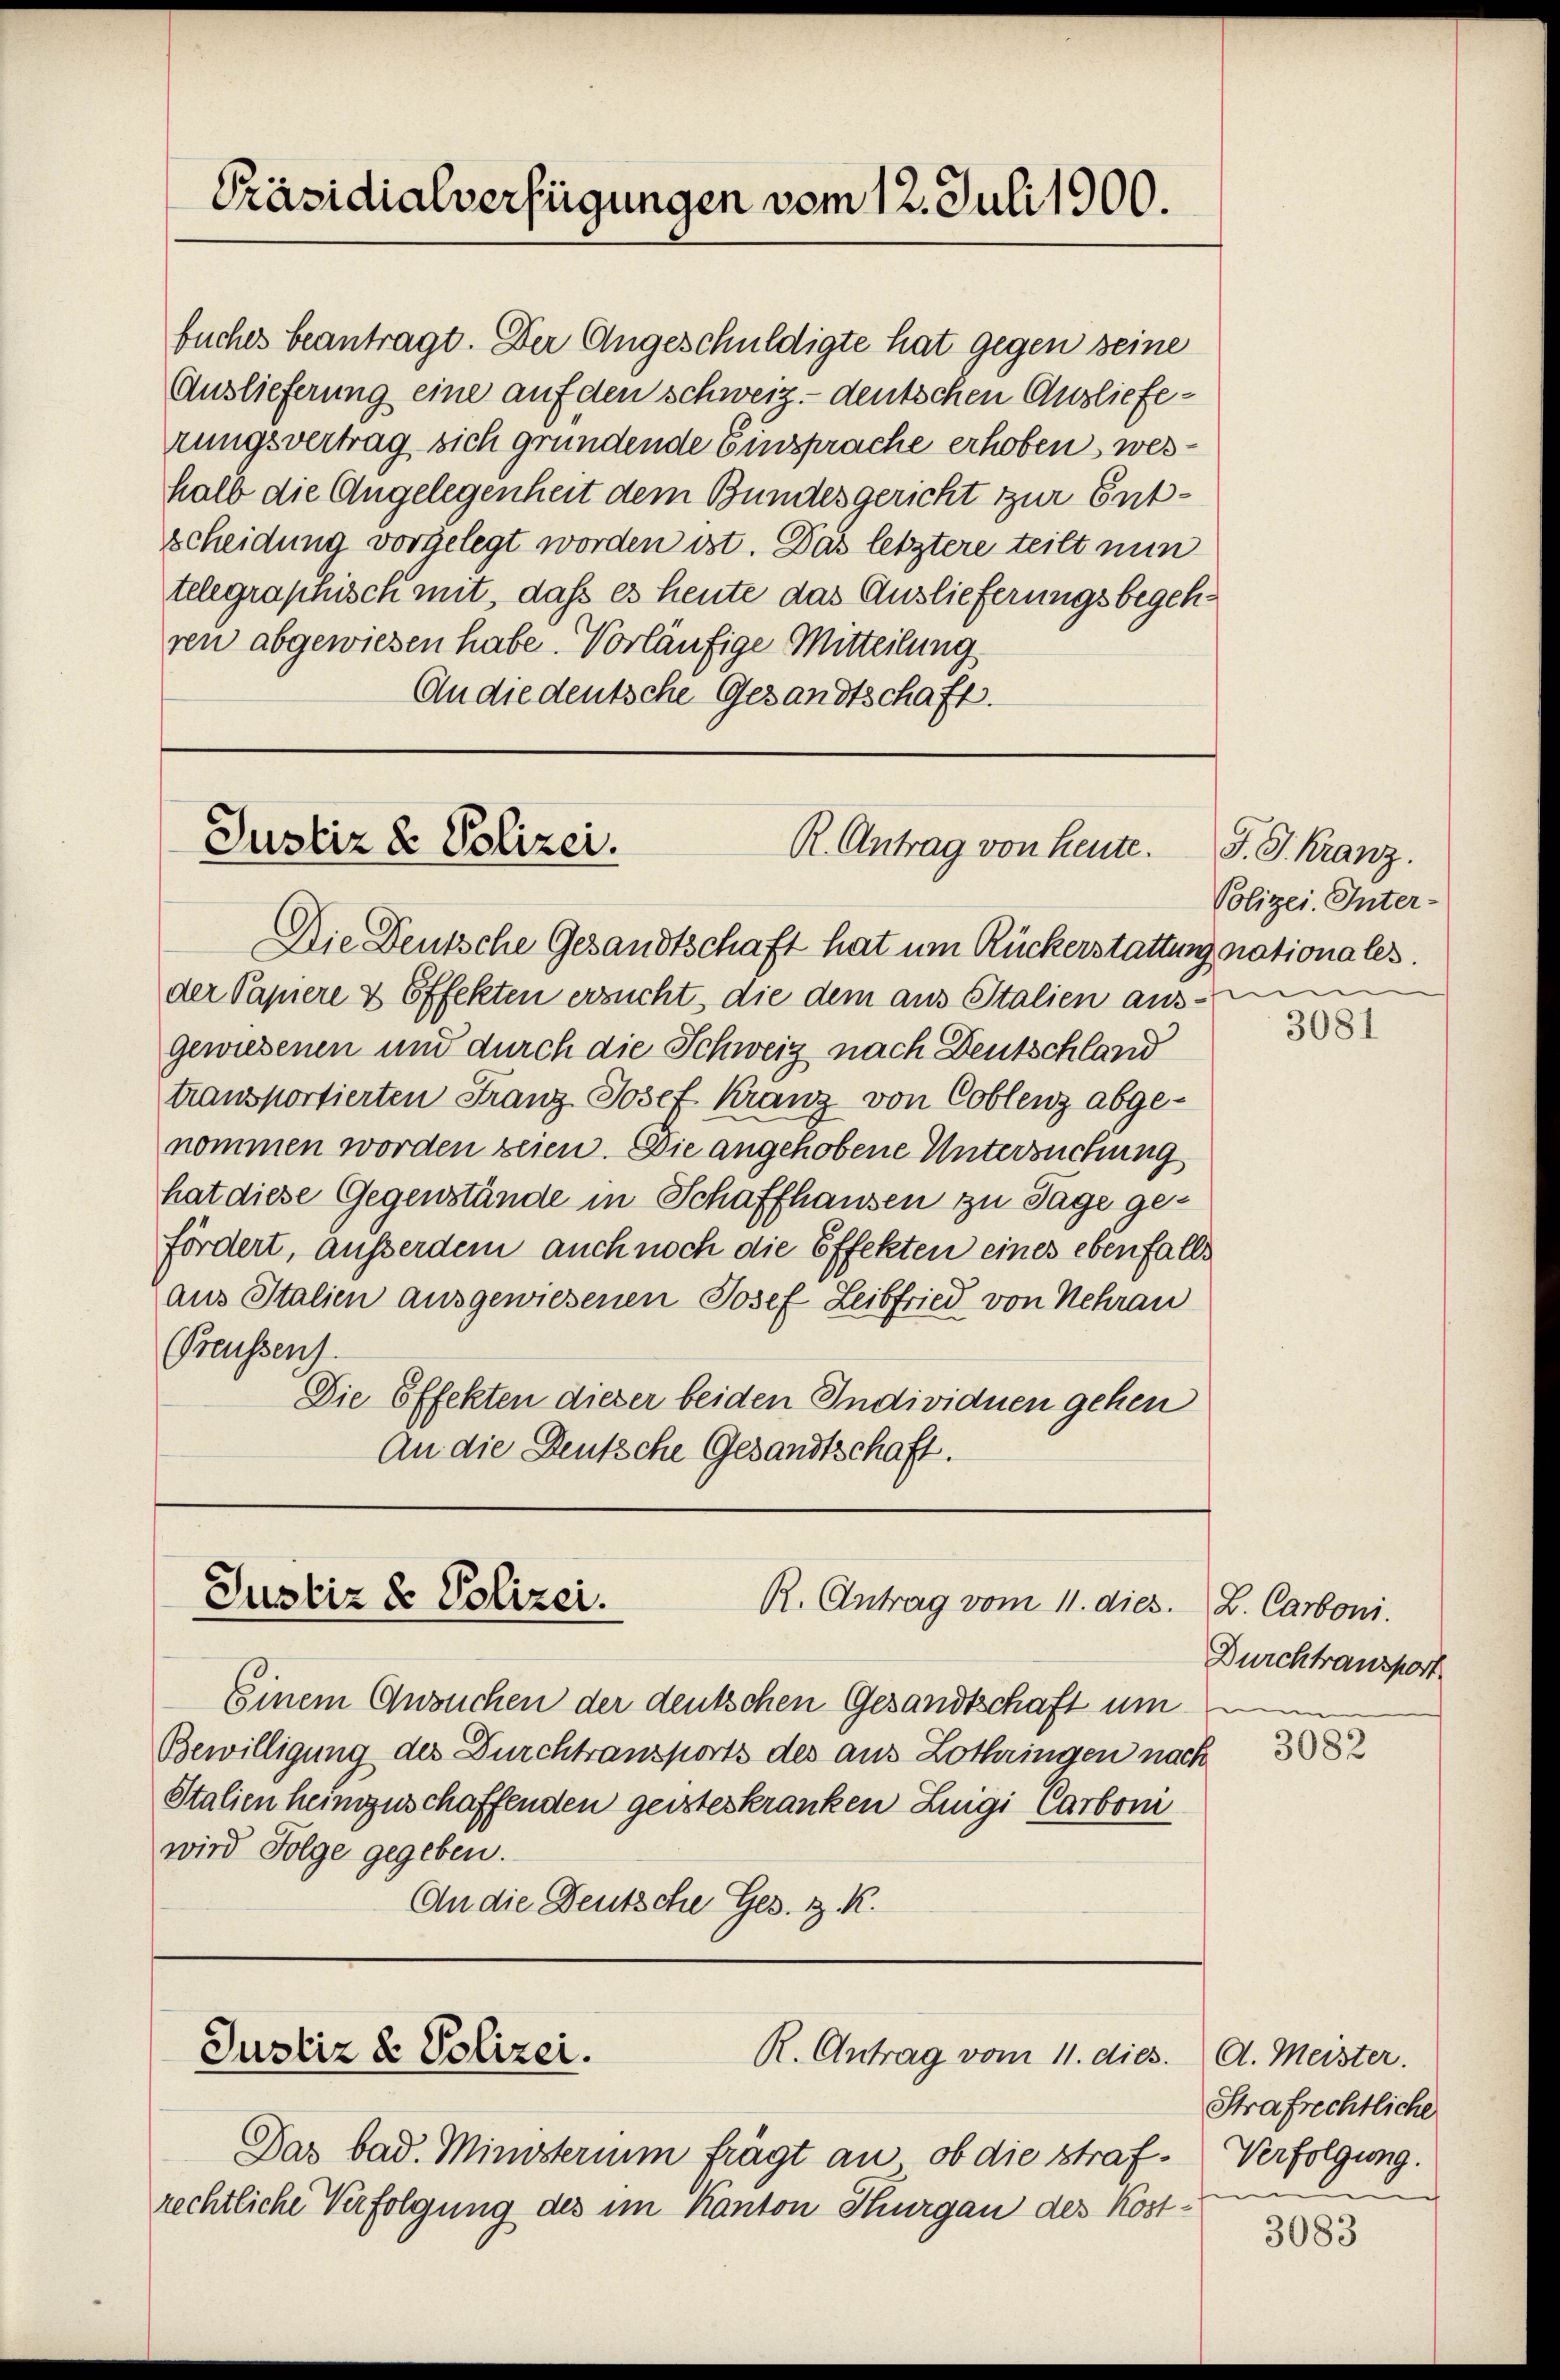
buches beantragt. Der Angeschuldigte hat gegen seine
Auslieferung eine auf den schweiz.- deutschen Auslieferungsvertrag sich gründende Einsprache erhoben, weshalb die Angelegenheit dem Bundesgericht zur Entscheidung vorgelegt worden ist. Das letztere teilt nun
telegraphisch mit, daß es heute das Auslieferungsbegehren abgewiesen habe. Vorläufige Mitteilung
An die deutsche Gesandtschaft.

Präsidialverfügungen vom 12. Juli 1900.

Justiz & Polizei.
R. Antrag von heute. J. J. Kranz.

Die Deutsche Gesandtschaft hat um Rückerstattung nationales.
der Papiere & Effekten ersucht, die dem aus Italien aus-
gewiesenen und durch die Schweiz nach Deutschland
transportierten Stranz Josef Kranz von Coblenz abgenommen worden seien. Die angehobene Untersuchung
hat diese Gegenstände in Schaffhausen zu Tage gefördert, ausserdem auch noch die Effekten eines ebenfalls
aus Italien ausgewiesenen Josef Leibfried von Nehrau
Preussens.
Die Effekten dieser beiden Individuen gehen
An die Deutsche Gesandtschaft.

Justiz & Polizei.
R. Antrag vom 11. dies. Z. Carboni.

Einem Ansuchen der deutschen Gesandtschaft um
Bewilligung des Durchtransports des aus Lothringen nach
Stalien heimzuschaffenden geisteskranken Luigi Carboni
wird Folge gegeben.
An die Deutsche Ges. z. K.

Justiz & Polizei.

Das bad. Ministerium frägt an, ob die strafrechtliche Verfolgung des im Kanton Thurgau des Kost¬

R. Antrag vom 11. dies

Polizei. Inter-

3081

Durchtransport

3082

A. Meister.
Strafrechtliche
Verfolgung.
und

3083